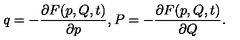
q = - \frac { \partial F ( p , Q , t ) } { \partial p } , P = - \frac { \partial F ( p , Q , t ) } { \partial Q } .